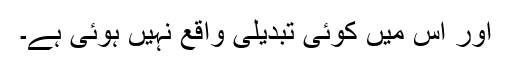
اور اس میں کوئی تبدیلی واقع نہیں ہوئی ہے۔